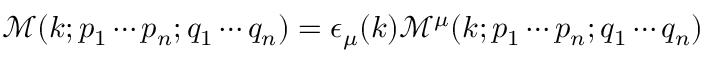
{ \mathcal { M } } ( k ; p _ { 1 } \cdots p _ { n } ; q _ { 1 } \cdots q _ { n } ) = \epsilon _ { \mu } ( k ) { \mathcal { M } } ^ { \mu } ( k ; p _ { 1 } \cdots p _ { n } ; q _ { 1 } \cdots q _ { n } )